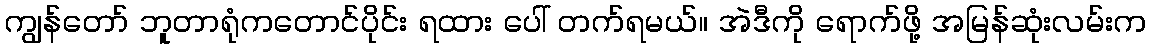
ကျွန်တော် ဘူတာရုံကတောင်ပိုင်း ရထား ပေါ် တက်ရမယ်။ အဲဒီကို ရောက်ဖို့ အမြန်ဆုံးလမ်းက